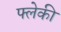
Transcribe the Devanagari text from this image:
फ्लेकी